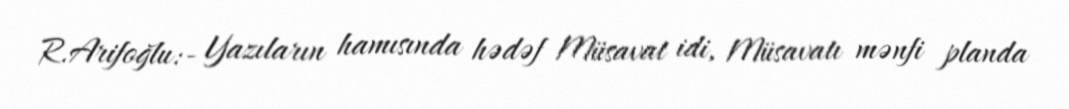
R.Arifoğlu:- Yazıların hamısında hədəf Müsavat idi, Müsavatı mənfi planda